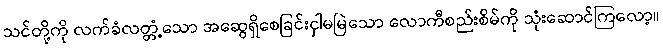
သင်တို့ကို လက်ခံလတ္တံ့သော အဆွေရှိစေခြင်းငှါမမြဲသော လောကီစည်းစိမ်ကို သုံးဆောင်ကြလော့။